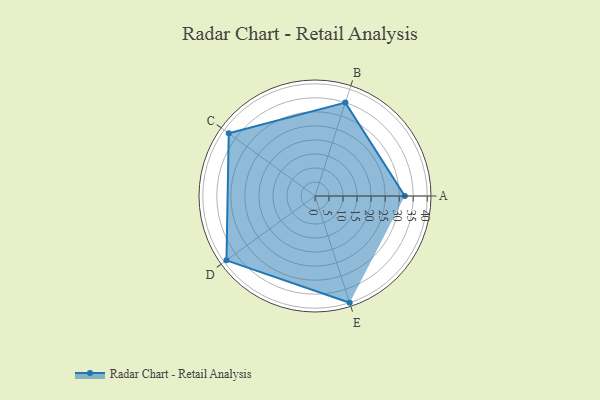
{"axis": {"x": "Skill", "y": "Score"}, "legend": ["Profile"], "data": [{"x": "A", "y": 32.0, "type": "Profile"}, {"x": "B", "y": 35.0, "type": "Profile"}, {"x": "C", "y": 38.0, "type": "Profile"}, {"x": "D", "y": 39.0, "type": "Profile"}, {"x": "E", "y": 40.0, "type": "Profile"}]}